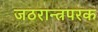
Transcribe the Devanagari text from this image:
जठरान्त्रपरक